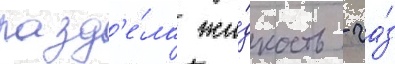
разд'е́ла жи́дкость - га́з